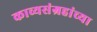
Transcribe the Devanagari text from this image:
काव्यसंग्रहांच्या